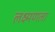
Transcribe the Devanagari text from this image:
लक्ष्मणला